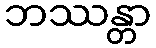
ဘဿန္တာ